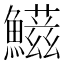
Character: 𩼑